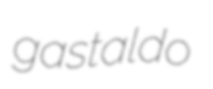
gastaldo